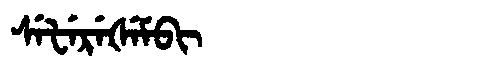
Manchu: ᠰᡝᡶᡝᡵᡝᡧᡝᠮᠪᡳ
Romanization: SEFEREŠEMBI